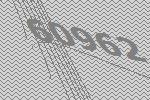
60962